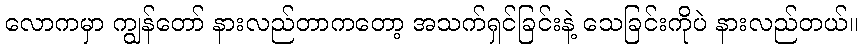
လောကမှာ ကျွန်တော် နားလည်တာကတော့ အသက်ရှင်ခြင်းနဲ့ သေခြင်းကိုပဲ နားလည်တယ်။